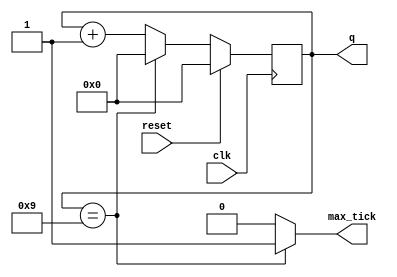
`timescale 1ns / 1ps

module mod_m_counter
#(
	parameter N = 4, //number of bits in counter
	parameter M = 10 //mod-M
)
(
	input  wire                clk,
	input  wire                reset,

	output wire                max_tick,
	output wire    [N-1:0]     q
);

//declaracion de registros
reg 	[N-1:0] r_reg;
wire 	[N-1:0] r_next;
	
//state change logic
always@(posedge clk)
begin
	if (reset) begin
		r_reg <= 0;
	end else begin
		r_reg <= r_next;
	end
end

//next-state logic
assign r_next = (r_reg==(M-1)) ? 0 : r_reg + 1; //if r_reg reaches max "M" value, set to 0. Else add 1

//output
assign q = r_reg;                               //output counter reg
assign max_tick = (r_reg==(M-1)) ? 1'b1 : 1'b0; //set tick when r_reg is max value, for 1 clock cycle


endmodule